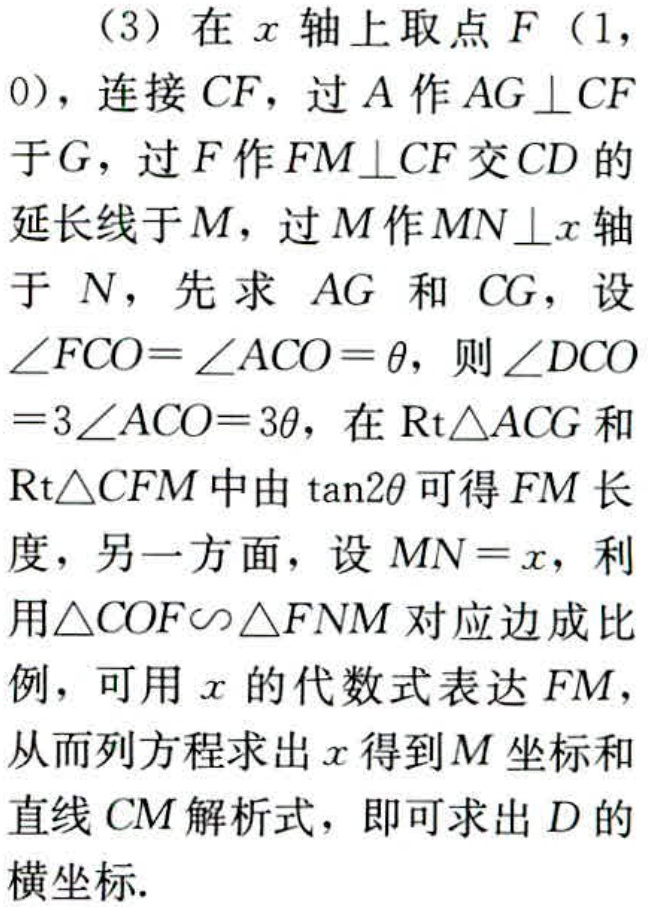
（3）在\(x\)轴上取点\(F\)（\(1\)，\(0\)），连接\(CF\)，过\(A\)作\(AG \perp CF\)于\(G\)，过\(F\)作\(FM \perp CF\)交\(CD\)的延长线于\(M\)，过\(M\)作\(MN \perp x\)轴于 \(N\)，先求 \(AG\) 和 \(CG\)，设\(\angle FCO=\angle ACO = \theta\)，则\(\angle DCO = 3\angle ACO = 3\theta\)，在\(\text{Rt}\triangle ACG\)和\(\text{Rt}\triangle CFM\)中由\(\tan2\theta\)可得\(FM\)长度，另一方面，设\(MN = x\)，利用\(\triangle COF\sim\triangle FNM\)对应边成比例，可用\(x\)的代数式表达\(FM\)，从而列方程求出\(x\)得到\(M\)坐标和直线\(CM\)解析式，即可求出\(D\)的横坐标.